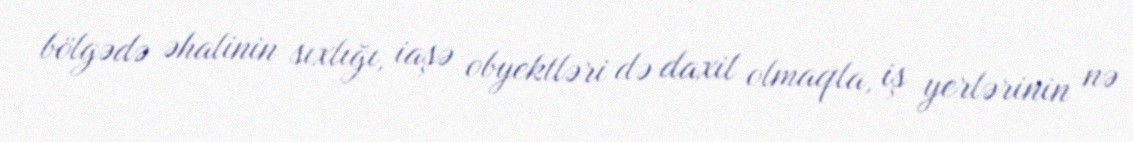
bölgədə əhalinin sıxlığı, iaşə obyektləri də daxil olmaqla, iş yerlərinin nə